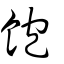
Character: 𩝰